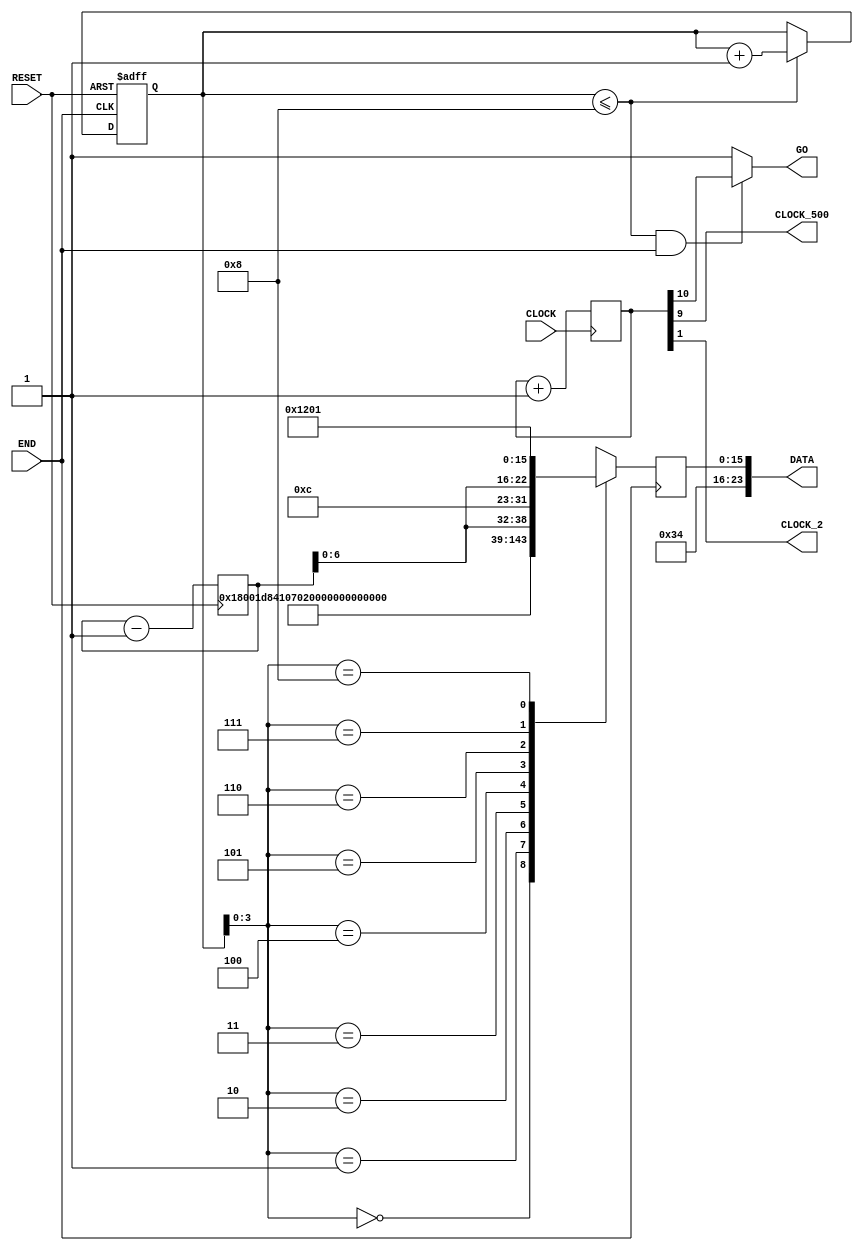
// ============================================================================
// Copyright (c) 2012 by Terasic Technologies Inc.
// ============================================================================
//
// Permission:
//
//   Terasic grants permission to use and modify this code for use
//   in synthesis for all Terasic Development Boards and Altrea Development 
//   Kits made by Terasic.  Other use of this code, including the selling 
//   ,duplication, or modification of any portion is strictly prohibited.
//
// Disclaimer:
//
//   This VHDL or Verilog source code is intended as a design reference
//   which illustrates how these types of functions can be implemented.
//   It is the user's responsibility to verify their design for
//   consistency and functionality through the use of formal
//   verification methods.  Terasic provides no warranty regarding the use 
//   or functionality of this code.
//
// ============================================================================
//           
//  Terasic Technologies Inc
//  9F., No.176, Sec.2, Gongdao 5th Rd, East Dist, Hsinchu City, 30070. Taiwan
//
//
//
//                     web: http://www.terasic.com/
//
// ============================================================================
//
// Major Functions: I2C output data
//
// ============================================================================
//
// Revision History :
// ============================================================================
//   Ver  :| Author             :| Mod. Date :| Changes Made:
//   V1.0 :| Joe Yang           :| 05/07/10  :|      Initial Revision
// ============================================================================
`define rom_size 6'd8

module CLOCK_500 (
	CLOCK,
	CLOCK_500,
	DATA,
	END,
	RESET,
	GO,
	CLOCK_2
);
	input  CLOCK;
	input  END;
	input  RESET;
	output CLOCK_500;
	output [23:0]DATA;
	output GO;
	output CLOCK_2;


reg  [10:0]COUNTER_500;

wire  CLOCK_500=COUNTER_500[9];
wire  CLOCK_2=COUNTER_500[1];

reg  [15:0]ROM[`rom_size:0];
reg  [15:0]DATA_A;
reg  [5:0]address;
wire [23:0]DATA={8'h34,DATA_A};
	
wire  GO =((address <= `rom_size) && (END==1))? COUNTER_500[10]:1;
always @(negedge RESET or posedge END) begin
	if (!RESET) address=0;
	else 
	if (address <= `rom_size) address=address+1;
end

reg [7:0]vol;

always @(posedge RESET) begin
	vol=vol-1;end


always @(posedge END) begin
//	ROM[0]= 16'h1e00;
	ROM[0]= 16'h0c00;	     //power down
	ROM[1]= 16'h0ec2;	     //master
	ROM[2]= 16'h0838;	     //sound select
	
	ROM[3]= 16'h1000;		 //mclk
	
	ROM[4]= 16'h0017;		 //
	ROM[5]= 16'h0217;		 //
	ROM[6]= {8'h04,1'b0,vol[6:0]};		 //
	ROM[7]= {8'h06,1'b0,vol[6:0]};	     //sound vol
	
	//ROM[4]= 16'h1e00;		 //reset	
	ROM[`rom_size]= 16'h1201;//active
	DATA_A=ROM[address];
end

always @(posedge CLOCK ) begin
	COUNTER_500=COUNTER_500+1;
end

endmodule